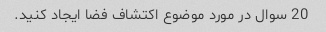
20 سوال در مورد موضوع اکتشاف فضا ایجاد کنید.